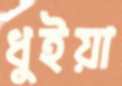
ধুইয়া